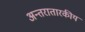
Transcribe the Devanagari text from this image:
अन्तरातारकीय